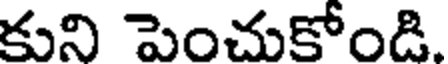
కుని పెంచుకోండి.